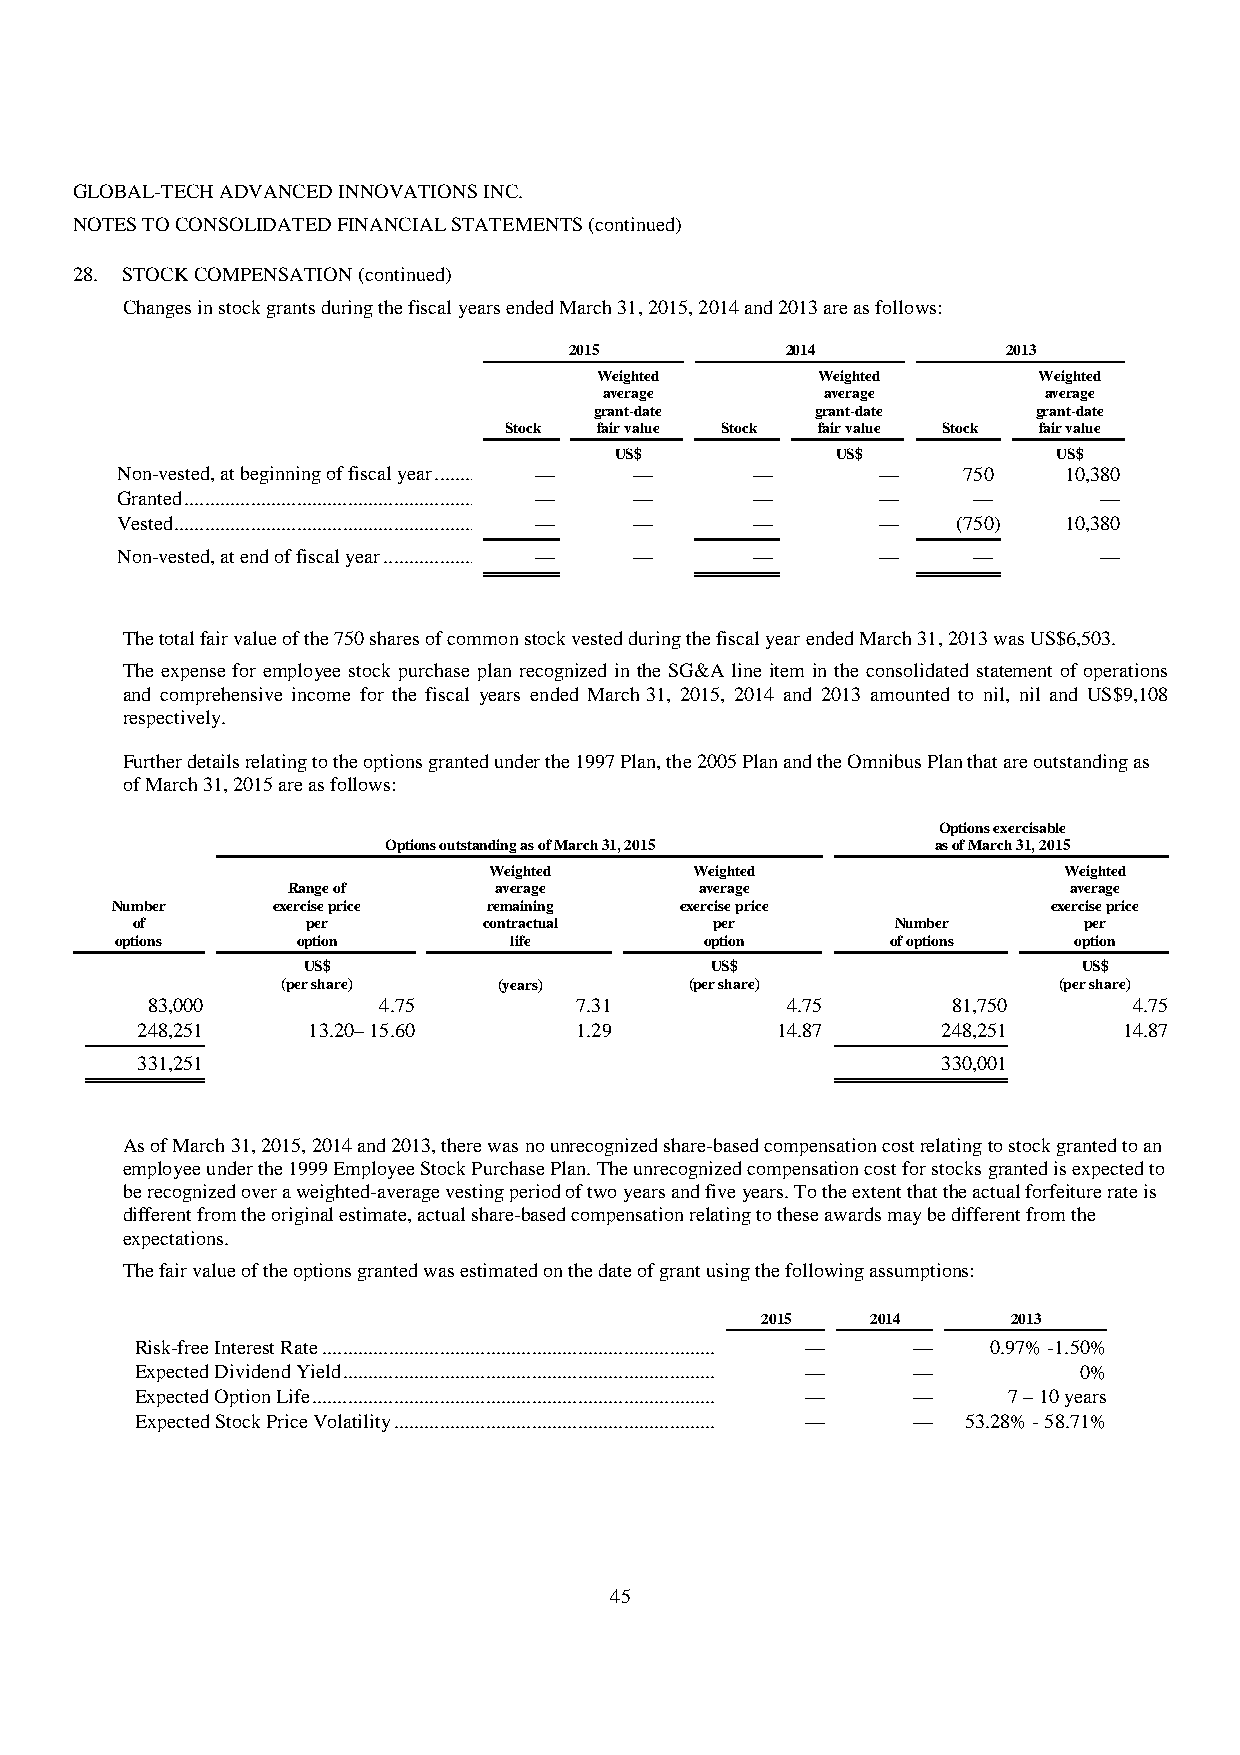
GLOBAL-TECH ADVANCED INNOVATIONS INC.
 NOTES TO CONSOLIDATED FINANCIAL STATEMENTS (continued)
 28. STOCK COMPENSATION (continued)
 Changes in stock grants during the fiscal years ended March 31, 2015, 2014 and 2013 are as follows:
 2015          2014           2013
 Weighted      Weighted       Weighted
 average        average       average
 grant-date     grant-date     grant-date
 Stock  fair value Stock fair value Stock fair value
 US $          US $           US $
 Non-vested, at beginning of fiscal year .......... — — — — 750 10,380
 Granted ........................................................... — — — — — —
 Vested ............................................................. — — — — (750) 10,380
 No n-vested, at end of fiscal year .................... — — — — — —
 The total fair value of the 750 shares of common stock vested during the fiscal year ended March 31, 2013 was US$6,503.
 The expense for employee stock purchase plan recognized in the SG&A line item in the consolidated statement of operations
 and comprehensive income for the fiscal years ended March 31, 2015, 2014 and 2013 amounted to nil, nil and US$9,108
 respectively.
 Further details relating to the options granted under the 1997 Plan, the 2005 Plan and the Omnibus Plan that are outstanding as
 of March 31, 2015 are as follows:
 Options ex ercisable
 Options outstanding as of March 31, 2015 as of March 31, 2015
 Weighted      Weighted                Weighted
 Range of      average      average                  average
 Number     exercise price remaining   exercise price           exercise price
 of         per         contractual    per         Number       per
 options     option        life         option      of options  option
 US$                        US$                      US$
 (per share)   (years)      (per share)             (per share)
 83,000         4.75         7.31          4.75       81,750      4.75
 248,251    13.20– 15.60      1.29         14.87      248,251     14.87
 3 31,251                                             330,001
 As of March 31, 2015, 2014 and 2013, there was no unrecognized share-based compensation cost relating to stock granted to an
 employee under the 1999 Employee Stock Purchase Plan. The unrecognized compensation cost for stocks granted is expected to
 be recognized over a weighted-average vesting period of two years and five years. To the extent that the actual forfeiture rate is
 different from the original estimate, actual share-based compensation relating to these awards may be different from the
 expectations.
 The fair value of the options granted was estimated on the date of grant using the following assumptions:
 201 5   2014     2013
 Risk-free Interest Rate ...............................................................................................— — 0.97% -1.50%
 Expected Dividend Yield ...........................................................................................— — 0%
 Expected Option Life ................................................................................................— — 7 – 10 years
 Expected Stock Price Volatility ................................................................ — — 53.28% - 58.71%
 45